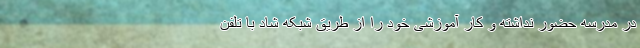
در مدرسه حضور نداشته و کار آموزشی خود را از طریق شبکه شاد با تلفن